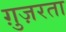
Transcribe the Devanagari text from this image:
ग़ुज़रता